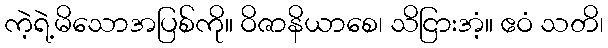
ကဲ့ရဲ့မိသောအပြစ်ကို။ ဝိဇာနိယာစေ၊ သိငြားအံ့။ ဧဝံ သတိ၊